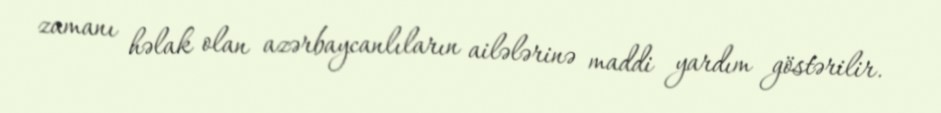
zamanı həlak olan azərbaycanlıların ailələrinə maddi yardım göstərilir.